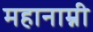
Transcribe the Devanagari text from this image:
महानाम्नी